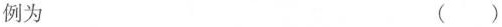
例为 ( )